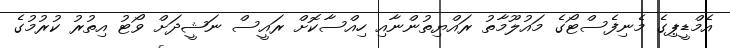
އެމްޑީޕިގެ މެނިފެސްޓޯގެ މައުލޫމާތު ރައްޔިތުންނާއި ހިއްސާކޮށް ރައީސް ނަޝީދަށް ވޯޓު އިތުރު ކުރުމުގެ